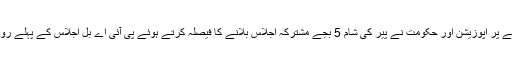
2016ء)پی آئی اے کی نجکاری کے معاملے پر اپوزیشن اور حکومت نے پیر کی شام 5 بجے مشترکہ اجلاس بلانے کا فیصلہ کرتے ہوئے پی آئی اے بل اجلاس کے پہلے روز منظور نہ کرائے جانے پر اتفاق کیا ہے ۔